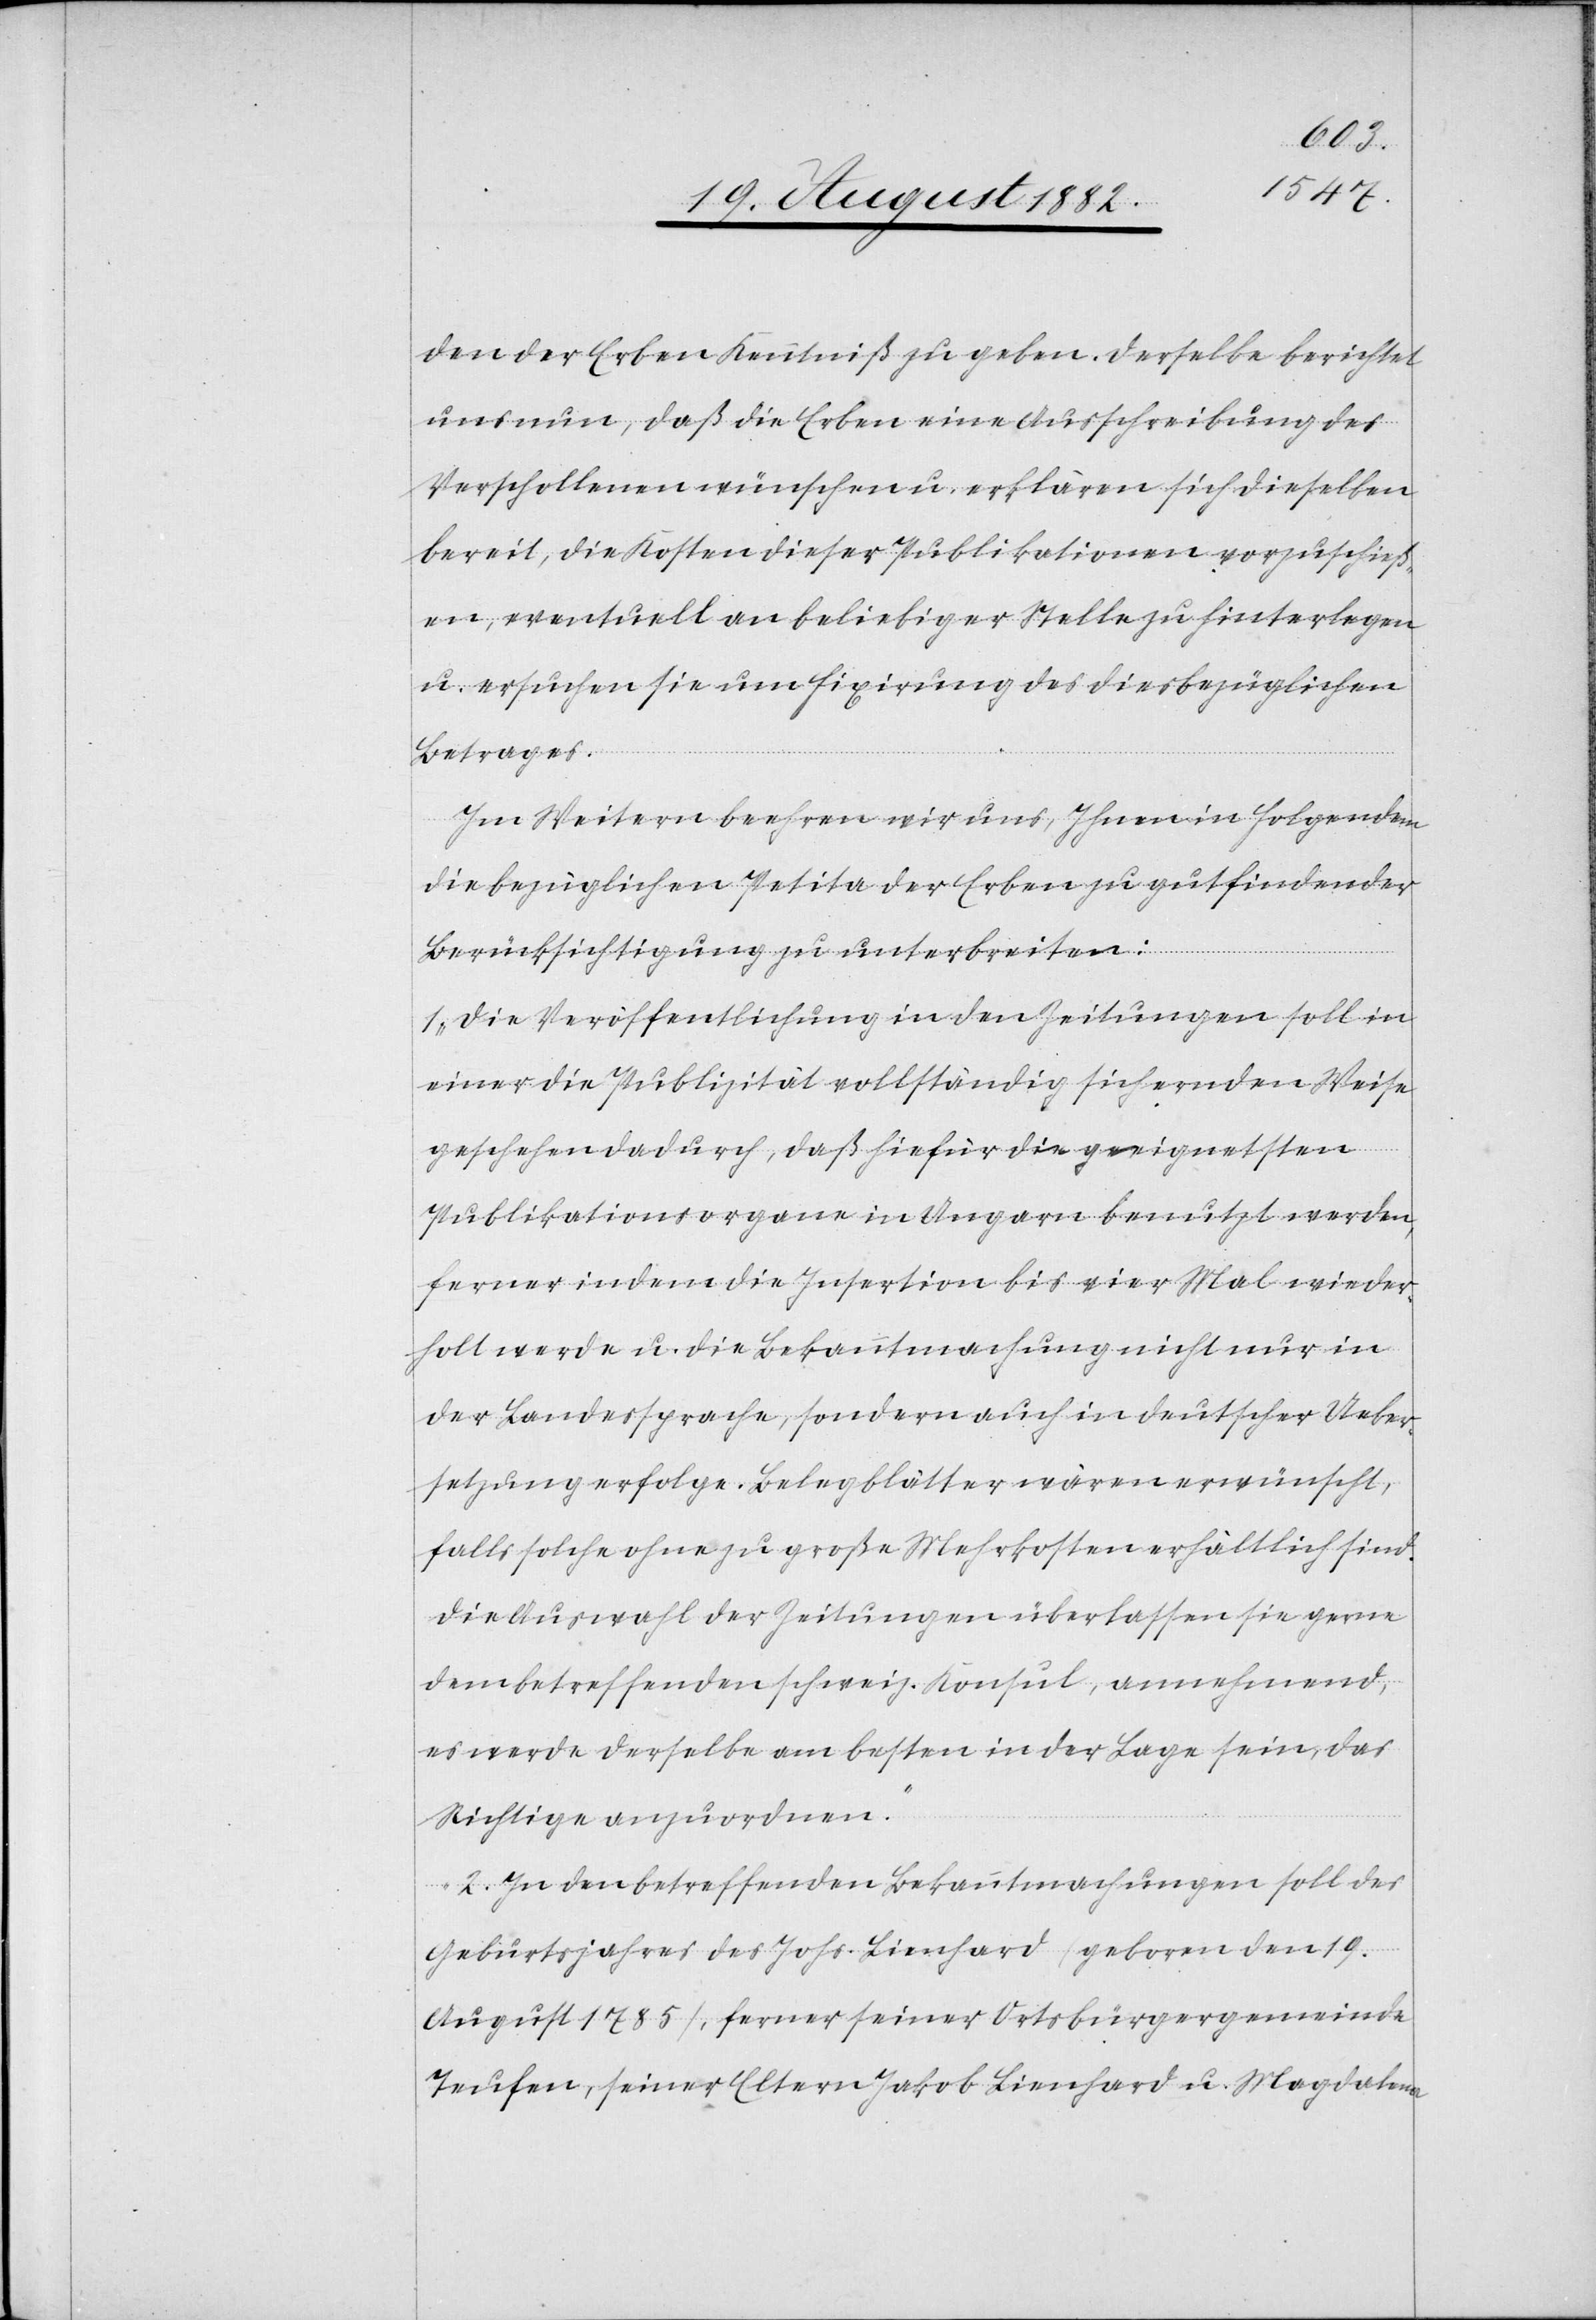
den der Erben Kenntniß zu geben. Derselbe berichtet
uns nun, daß die Erben eine Ausschreibung des
Verschollenen wünschen u. erklären sich dieselben
bereit, die Kosten dieser Publikationen vorzuschieß¬
en, eventuell an beliebiger Stelle zu hinterlegen
u. ersuchen sie um Fixirung des diesbezüglichen
Betrages.
Im Weitern beehren wir uns, Ihnen in Folgendem
die bezüglichen Petita der Erben zu gutfindender
Berücksichtigung zu unterbreiten:
1. Die Veröffentlichung in den Zeitungen soll in
einer die Publizität vollständig sichernden Weise
geschehen dadurch, daß hiefür die geeignetsten
Publikationsorgane in Ungarn benutzt werden,
ferner indem die Insertion bis vier Mal wieder¬
holt werde u. die Bekanntmachung nicht nur in
der Landessprache, sondern auch in deutscher Ueber¬
setzung erfolge. Belegblätter wären erwünscht,
falls solche ohne zu große Mehrkosten erhältlich sind.
Die Auswahl der Zeitungen überlassen sie gerne
dem betreffenden schweiz. Konsul, annehmend,
es werde derselbe am besten in der Lage sein, das
Richtige anzuordnen.
2. In den betreffenden Bekanntmachungen soll des
Geburtsjahres des Johs. Lienhard (geboren den 19.
August 1785), ferner seiner Ortsbürgergemeinde
Teufen, seiner Eltern Jakob Lienhard u. Magdalena